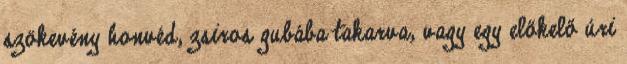
szökevény honvéd, zsiros gubába takarva, vagy egy előkelő úri